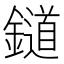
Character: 𨭪